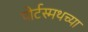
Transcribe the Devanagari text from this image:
पोर्टस्मथच्या